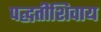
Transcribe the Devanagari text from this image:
पद्धतीशिवाय